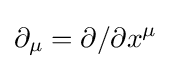
\partial _{\mu }=\partial /\partial x^{\mu }